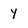
Character: y